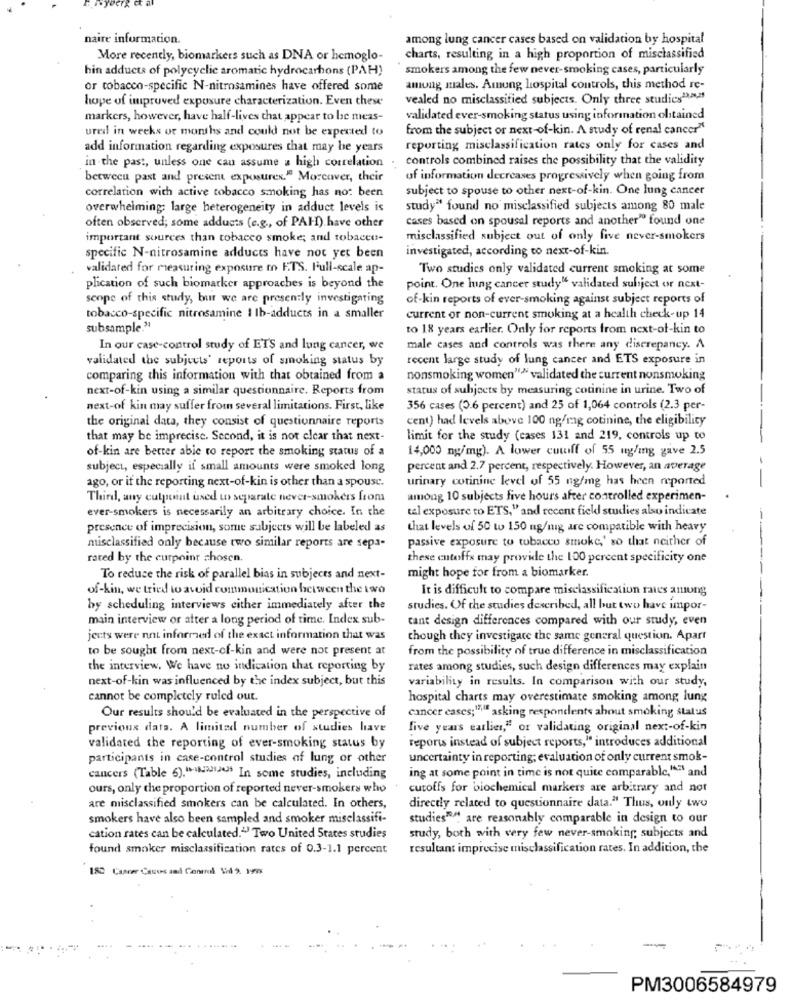
naire information.
among lung cancer cases based on validation by hospital
More recently, biomarkers such as DNA or hemoglo-
charts, resulting in a high proportion of misclassified
hin adducts of polycyclic aromatic hydrocarbons (PAH)
smokers among the few never-smoking cases, particularly
or tobacco-specific N-nitrosamines have offered some
among sales. Amung hospital controls, this method re-
hope of improved exposure characterization. Even these
vealed no misclassified subjects. Only three studies">.>,"
markers, however, have half-lives that appear to be meas-
validated ever-smoking status using information obtained
ured in weeks or months and could not be expected to
from the subject or next-of-kin. A study of renal cancer"
add information regarding exposures that may be years
reporting misclassification rates only for cases and
controls combined raises the possibility that the validity
in the past, unless one cau assume a high correlation
between past and present exposures." Moreover, their
of information decreases progressively when going from
correlation with active tobacco smoking has not been
subject to spouse to other next-of-kin. One lung cancer
overwhelming: large heterogeneity in adduct levels is
study" found no misclassified subjects among 80 male
cases based on spousal reports and another" found one
often observed; some adducts (e.g ., of PAH) have other
important sources than tobacco smoke; and tobacco-
misclassified subject out of only five never-smokers
investigated, according to next-of-kin.
specific N-nitrosamine adducts have not yet been
validated for measuring exposure to ETS. Full-scale ap-
Two studies only validated current smoking at some
plication of such biomarker approaches is beyond the
point. One hing cancer study" validated subject or next-
scope of this study, but we are presently investigating
of-kin reports of ever-smoking against subject reports of
tobacco-specific nitrosamine 1 lb-adducts in a smaller
current or non-current smoking at a health check-up 14
subsample."
to 18 years earlier. Only for reports from next-of-kin to
In our case-control study of ETS and lung cancer, we
male cases and controls was there any discrepancy. A
validated the subjects' reports of smoking status by
recent large study of lung cancer and ETS exposure in
comparing this information with that obtained from a
nonsmoking women"" validated the current nonsmoking
next-of-kin using a similar questionnaire. Reports from
status of subjects by measuring cotinine in urine. Two of
next-of kin may suffer from several limitations. First, like
356 cases (0.6 percent) and 25 of 1,064 controls (2.3 per-
the original data, they consist of questionnaire reports
cent) had levels above 100 ng/mag cotinine, the eligibility
that may be imprecise. Second, it is not clear that next-
limit for the study (cases 131 and 219, controls up to
of-kin are better able to report the smoking status of a
14,000 ng/mg). A lower cuwiff of 55 ng/mg gave 2.5
subject, especially if small amounts were smoked long
percent and 2.7 percent, respectively. However, an average
ago, or if the reporting next-of-kin is other than a spouse.
urinary cotinine level of 55 ng/mg has been reported
Third, any cutpoint used to separate never-smokers from
among 10 subjects five hours after controlled experimen-
ever-smokers is necessarily an arbitrary choice. In the
tal exposure to ETS," and recent field studies also indicate
presence of imprecision, some subjects will be labeled as
that levels of 50 to 150 ug/mig are compatible with heavy
passive exposure to tobacco smoke,' so that neither of
misclassified only because two similar reports are sepa-
rated by the curpoint chosen
these entoffs may provide the 100 percent specificity one
To reduce the risk of parallel bias in subjects and next-
might hope for from a biomarker.
of-kin, we tried to avoid communication between the two
It is difficult to compare misclassification rates among
by scheduling interviews either immediately after the
studies. Of the studies described, all but two have impor-
main interview or after a long period of time. Index sub-
cant design differences compared with our study, even
jects were not informed of the exact information that was
though they investigate the same general question. Apart
to be sought from next-cf-kin and were not present at
from the possibility of true difference in misclassification
the interview. We have no indication that reporting by
rates among studies, such design differences may explain
next-of-kin was influenced by the index subject, but this
variability in results. In comparison with our study,
cannot be completely ruled out.
hospital charts may overestimate smoking among lung
cancer cases;"ilf asking respondents about smoking status
Our results should be evaluated in the perspective of
previous data. A limited number of studies have
five years earlier," or validating original next-of-kin
reports instead of subject reports," introduces additional
validated the reporting of ever-smoking status by
participants in case-control studies of lung or other
uncertainty in reporting; evaluation of only current smok-
ing at some point in time is not quite comparable,"El and
cancers (Table 6).2020) In some studies, including
ours, only the proportion of reported never-smokers who
cutoffs for biochemical markers are arbitrary and not
are misclassified smokers can be calculated. In others,
directly related to questionnaire data." Thus, only two
smokers have also been sampled and smoker misclassifi-
studies"" are reasonably comparable in design to our
cation rates can be calculated.13 Two United States studies
study, both with very few never-smoking subjects and
found smoker misclassification rates of 0.3-1.1 percent
resultant imprecise misclassification rates. In addition, the
182 Cancer Casos and Control 5:4 9. 1998
-
PM3006584979